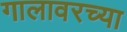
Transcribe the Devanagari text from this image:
गालावरच्या